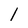
Character: l